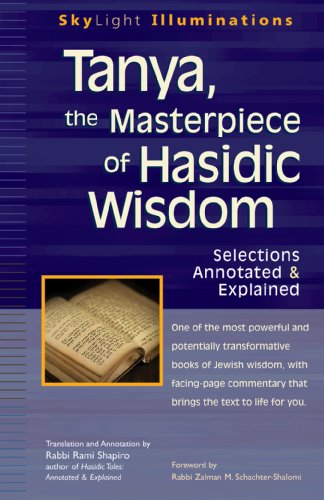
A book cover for Tanya the Masterpiece of Hasidic Wisdom: Selections Annotated & Explained (SkyLight Illuminations); Religion & Spirituality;